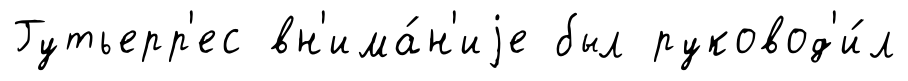
Гутьерр'ес вн'има́н'иjе был руковод'и́л